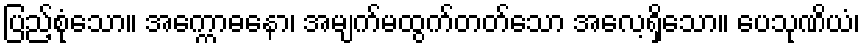
ပြည့်စုံသော။ အက္ကောဓနော၊ အမျက်မထွက်တတ်သော အလေ့ရှိသော။ ပေသုဏိယံ၊